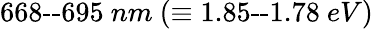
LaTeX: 668\textrm{--}695\ nm\ (\equiv 1.85\textrm{--}1.78\ eV)